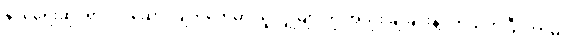
နိုင်ငံရေးဆိုင်ရာလုပ်ဆောင်ချက်တွေမှာ သူလျှိုများကို အသုံး ချခြင်းနဲ့ပတ်သက်ပြီး ဘာမှ